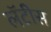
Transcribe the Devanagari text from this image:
लॅटीस